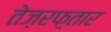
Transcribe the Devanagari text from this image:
तेज़रफ़्तार